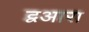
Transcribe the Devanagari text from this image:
द्वआरा